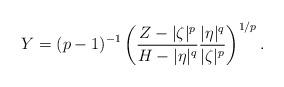
LaTeX: \begin{align*} Y=(p-1)^{-1}\left(\frac{Z-|\zeta|^p}{H-|\eta|^q}\frac{|\eta|^q}{|\zeta|^p}\right)^{1/p}.\end{align*}